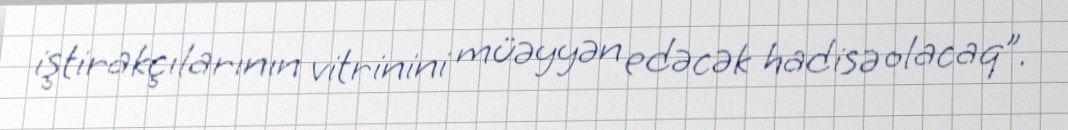
iştirakçılarının vitrinini müəyyən edəcək hadisə olacaq”.